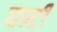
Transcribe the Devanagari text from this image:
घन्टी